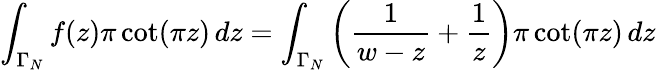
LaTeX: \int_{\Gamma_{N}}f(z)\pi\cot(\pi z)\, dz=\int_{\Gamma_{N}}\left({\frac{1}{w-z}}+{\frac{1}{z}}\right)\pi\cot(\pi z)\, dz